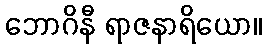
ဘောဂိနီ ရာဇနာရိယော။